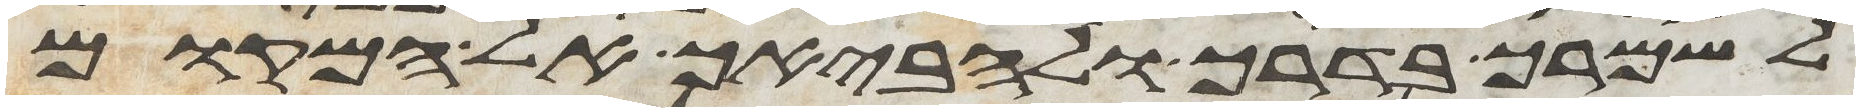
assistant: לשמרך בדרך ולהביאך אל המקום